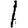
Digit: 1